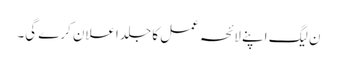
ن لیگ اپنے لائحہ عمل کا جلد اعلان کرے گی۔